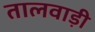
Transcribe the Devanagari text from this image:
तालवाड़ी